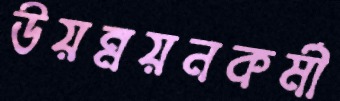
উয়ন্নয়নকর্মী